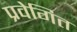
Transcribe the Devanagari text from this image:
प्रवेगित